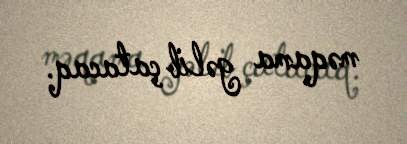
məqama gəlib çatacaq.